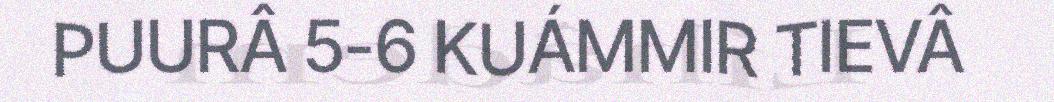
PUURÂ 5-6 KUÁMMIR TIEVÂ